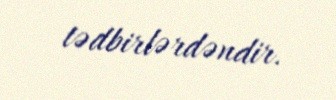
tədbirlərdəndir.